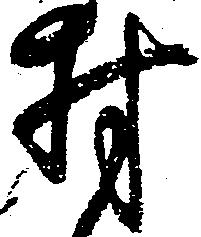
村